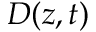
D ( z , t )